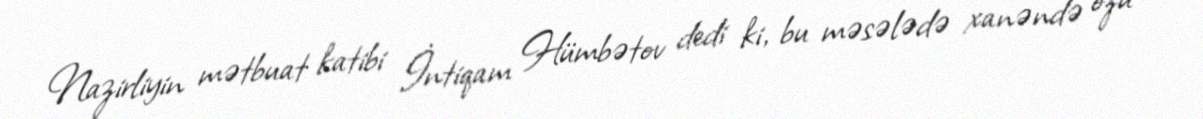
Nazirliyin mətbuat katibi İntiqam Hümbətov dedi ki, bu məsələdə xanəndə özü